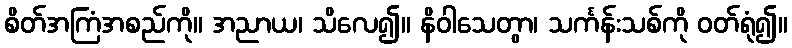
စိတ်အကြံအစည်ကို။ အညာယ၊ သိလေ၍။ နိဝါသေတွာ၊ သင်္ကန်းသစ်ကို ဝတ်ရုံ၍။